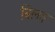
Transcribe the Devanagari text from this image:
बिलत